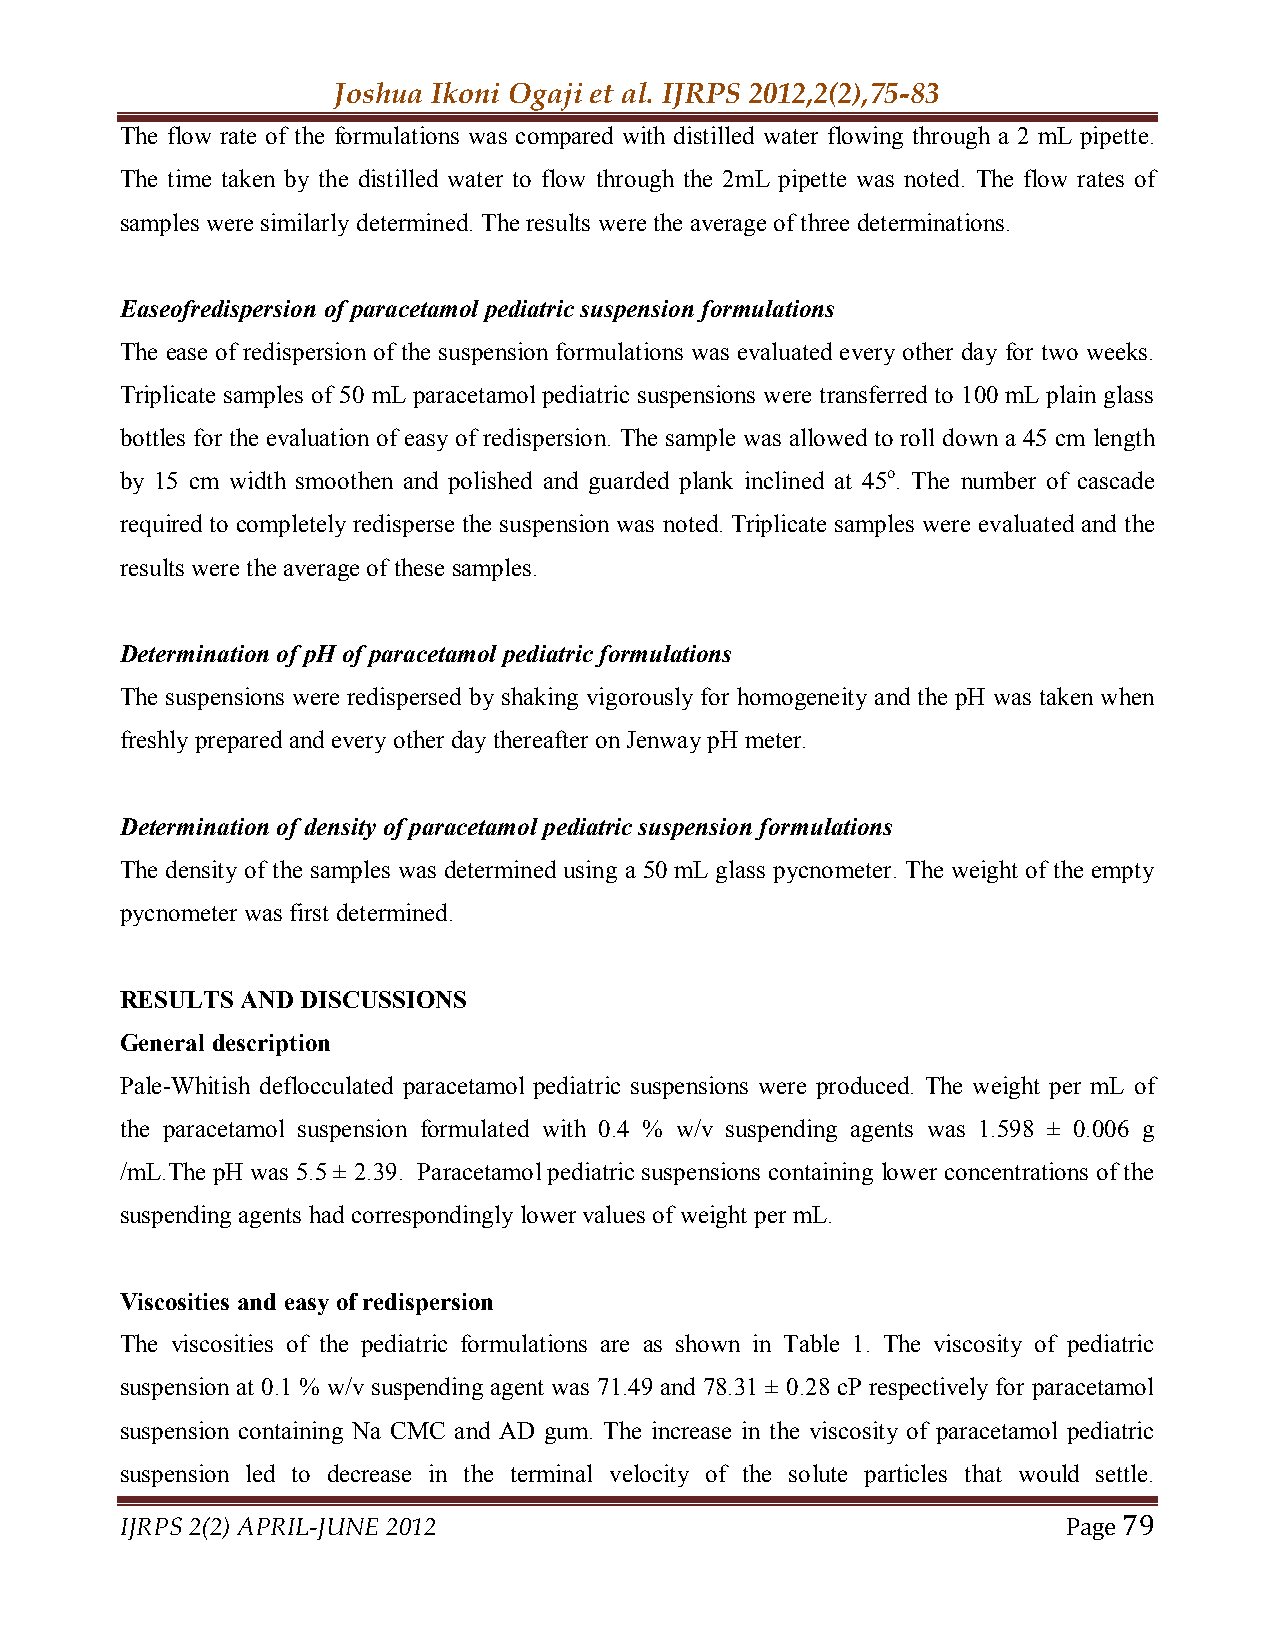
Joshua Ikoni Ogaji et al. IJRPS 2012,2(2),75-83
 The flow rate of the formulations was compared with distilled water flowing through a 2 mL pipette.
 The time taken by the distilled water to flow through the 2mL pipette was noted. The flow rates of
 samples were similarly determined. The results were the average of three determinations.
 Easeofredispersion of paracetamol pediatric suspension formulations
 The ease of redispersion of the suspension formulations was evaluated every other day for two weeks.
 Triplicate samples of 50 mL paracetamol pediatric suspensions were transferred to 100 mL plain glass
 bottles for the evaluation of easy of redispersion. The sample was allowed to roll down a 45 cm length
 by 15 cm width smoothen and polished and guarded plank inclined at 45o. The number of cascade
 required to completely redisperse the suspension was noted. Triplicate samples were evaluated and the
 results were the average of these samples.
 Determination of pH of paracetamol pediatric formulations
 The suspensions were redispersed by shaking vigorously for homogeneity and the pH was taken when
 freshly prepared and every other day thereafter on Jenway pH meter.
 Determination of density of paracetamol pediatric suspension formulations
 The density of the samples was determined using a 50 mL glass pycnometer. The weight of the empty
 pycnometer was first determined.
 RESULTS AND DISCUSSIONS
 General description
 Pale-Whitish deflocculated paracetamol pediatric suspensions were produced. The weight per mL of
 the paracetamol suspension formulated with 0.4 % w/v suspending agents was 1.598 ± 0.006 g
 /mL.The pH was 5.5 ± 2.39. Paracetamol pediatric suspensions containing lower concentrations of the
 suspending agents had correspondingly lower values of weight per mL.
 Viscosities and easy of redispersion
 The viscosities of the pediatric formulations are as shown in Table 1. The viscosity of pediatric
 suspension at 0.1 % w/v suspending agent was 71.49 and 78.31 ± 0.28 cP respectively for paracetamol
 suspension containing Na CMC and AD gum. The increase in the viscosity of paracetamol pediatric
 suspension led to decrease in the terminal velocity of the solute particles that would settle.
 IJRPS 2(2) APRIL-JUNE 2012                                     Page 79